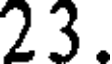
23.